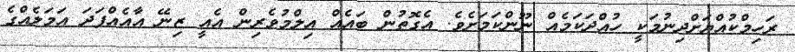
ރަހިމްކުއްޔަށްދިނުމަކީ ހުއްދަކަމެއް ނޫންކަމަށެވެ. އެގޮތުން ބައެއް އިލްމުވެރިން އެއީ ޒިނޭ އާއެއްފަދަ އަމަލެއްގެ